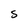
Character: S